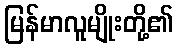
မြန်မာလူမျိုးတို့၏